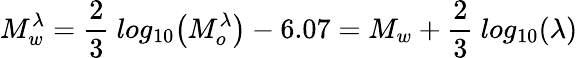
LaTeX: M_{w}^{\lambda}=\frac{2}{3}~log_{10}\big(M_{o}^{\lambda}\big)-6.07=M_{w}+\frac{2}{3}~log_{10}(\lambda)